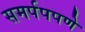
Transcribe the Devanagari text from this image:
समर्पपपणे